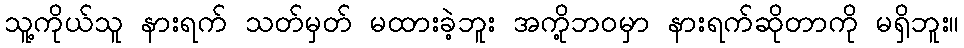
သူ့ကိုယ်သူ နားရက် သတ်မှတ် မထားခဲ့ဘူး အကို့ဘဝမှာ နားရက်ဆိုတာကို မရှိဘူး။